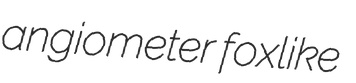
angiometer foxlike